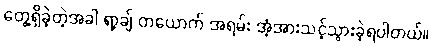
တွေ့ရှိခဲ့တဲ့အခါ ရာ့ချ် တယောက် အရမ်း အံ့အားသင့်သွားခဲ့ရပါတယ်။